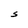
Character: S